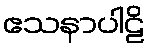
ဧသနာပါဠိ